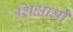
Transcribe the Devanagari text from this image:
शिक्षाआें